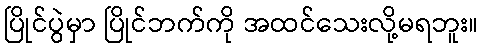
ပြိုင်ပွဲမှာ ပြိုင်ဘက်ကို အထင်သေးလို့မရဘူး။